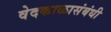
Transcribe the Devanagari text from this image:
वेदकाळासंबंधी